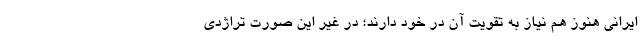
ایرانی هنوز هم نیاز به تقویت آن در خود دارند؛ در غیر این صورت تراژدی